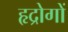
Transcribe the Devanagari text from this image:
हृद्रोगों